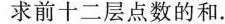
求前十二层点数的和.